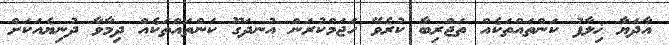
އާދަޔާ ޚިލާފު ކަންތައްތަކެއް ތަޖްރިބާ ކުރެވޭ ހަޖަމްކުރަން އުނދަގޫ ކަންތައްތަކެއް ދިމާވާ ދުނިޔެއަކަށް